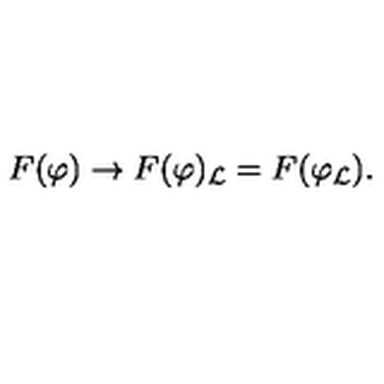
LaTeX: F ( \varphi ) \to F ( \varphi ) _ { \mathcal { L } } = F ( \varphi _ { \mathcal { L } } ) .